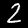
Digit: 2